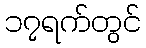
၁၇ရက်တွင်